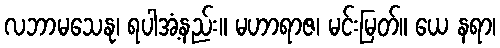
လဘာမသေနု၊ ရပါအံ့နည်း။ မဟာရာဇ၊ မင်းမြတ်။ ယေ နရာ၊